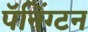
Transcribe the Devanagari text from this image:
पॅनिंग्टन